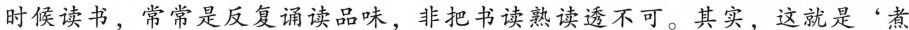
时候读书，常常是反复诵读品味，非把书读熟读透不可。其实，这就是'煮